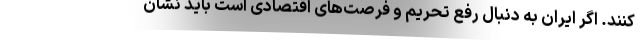
کنند. اگر ایران به دنبال رفع تحریم و فرصت‌های اقتصادی است باید نشان